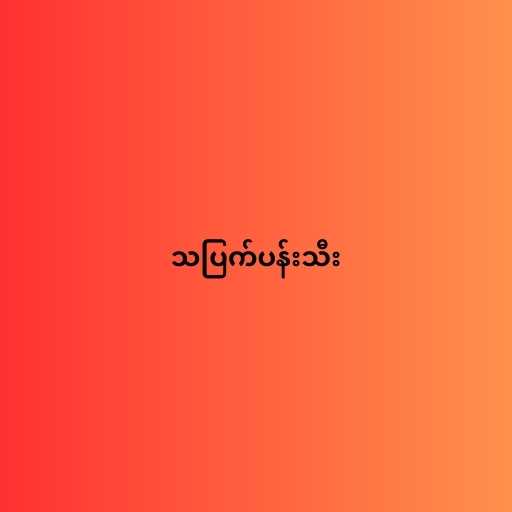
သပြက်ပန်းသီး